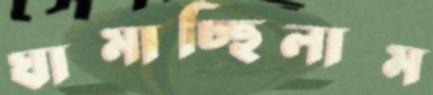
ঘামাচ্ছিলাম